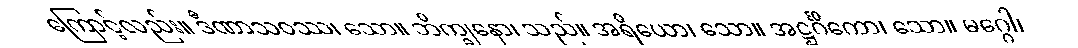
ကြောင့်လည်း။ ဒီဏာသဝဿ၊ သော။ ဘိက္ခုနော၊ သည်။ အရိယော၊ သော။ အဋ္ဌင်္ဂိကော၊ သော။ မဂ္ဂေါ၊